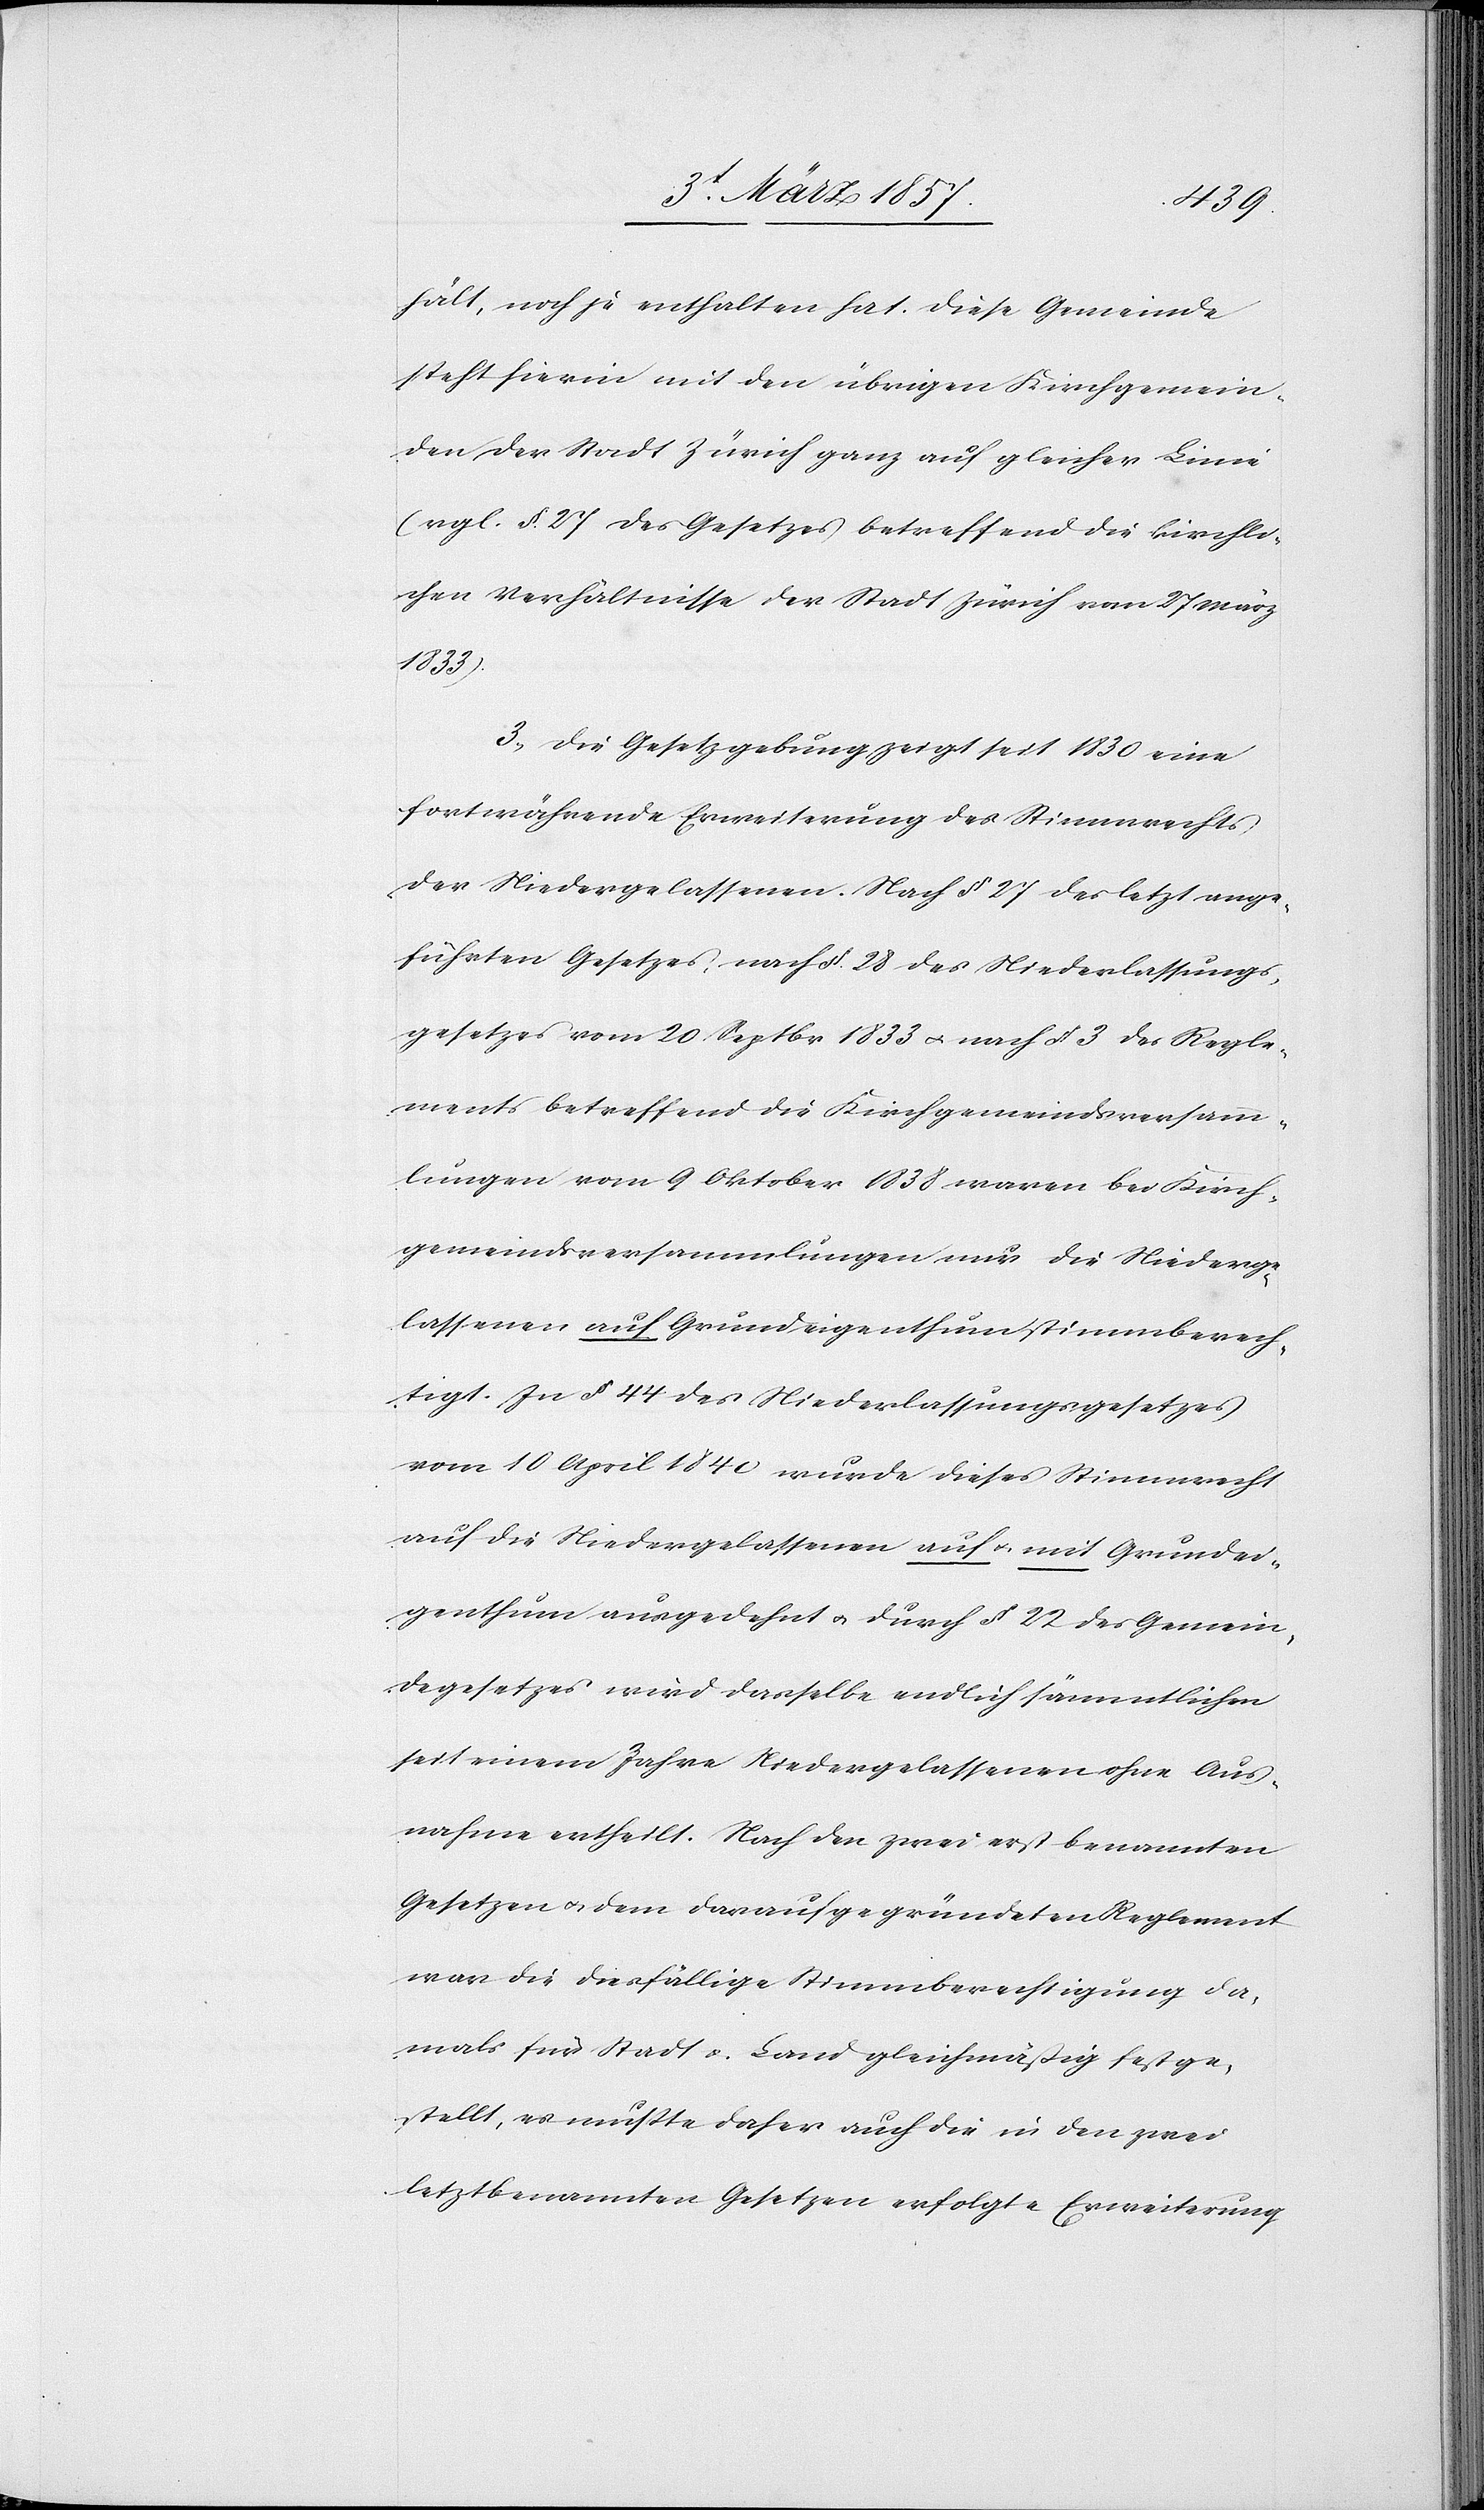
hält, noch je enthalten hat. Diese Gemeinde
steht hierin mit den übrigen Kirchgemein¬
den der Stadt Zürich ganz auf gleicher Linie
(vgl. § 27 des Gesetzes betreffend die kirchli¬
chen Verhältnisse der Stadt Zürich vom 27 März
1833).
3. Die Gesetzgebung zeigt seit 1830 eine
fortwährende Erweiterung des Stimmrechts
der Niedergelassenen. Nach § 27 des letztange¬
führten Gesetzes, nach §. 28 des Niederlassungs¬
gesetzes vom 20 Septbr 1833 u. nach § 3 des Regle¬
ments betreffend die Kirchgemeindsversamm¬
lungen vom 9 Oktober 1838 waren bei Kirch¬
gemeindsversammlungen nur die Niederge¬
lassenen auf Grundeigenthum stimmberech¬
tigt. In § 44 des Niederlassungsgesetzes
vom 10 April 1840 wurde dieses Stimmrecht
auf die Niedergelassenen auf u. mit Grundei¬
genthum ausgedehnt u. durch § 22 des Gemein¬
degesetzes wird dasselbe endlich sämmtlichen
seit einem Jahre Niedergelassenen ohne Aus¬
nahme ertheilt. Nach den zwei erstbenannten
Gesetzen u. dem darauf gegründeten Reglement
war die diesfällige Stimmberechtigung da¬
mals für Stadt u. Land gleichmäßig festge¬
stellt, es mußte daher auch die in den zwei
letztbenannten Gesetzen erfolgte Erweiterung